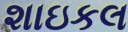
શાઇકલ